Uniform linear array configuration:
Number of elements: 8
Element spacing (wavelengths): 0.25
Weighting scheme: uniform
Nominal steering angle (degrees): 45
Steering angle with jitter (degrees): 46.619
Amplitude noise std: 0.05
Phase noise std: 0.05

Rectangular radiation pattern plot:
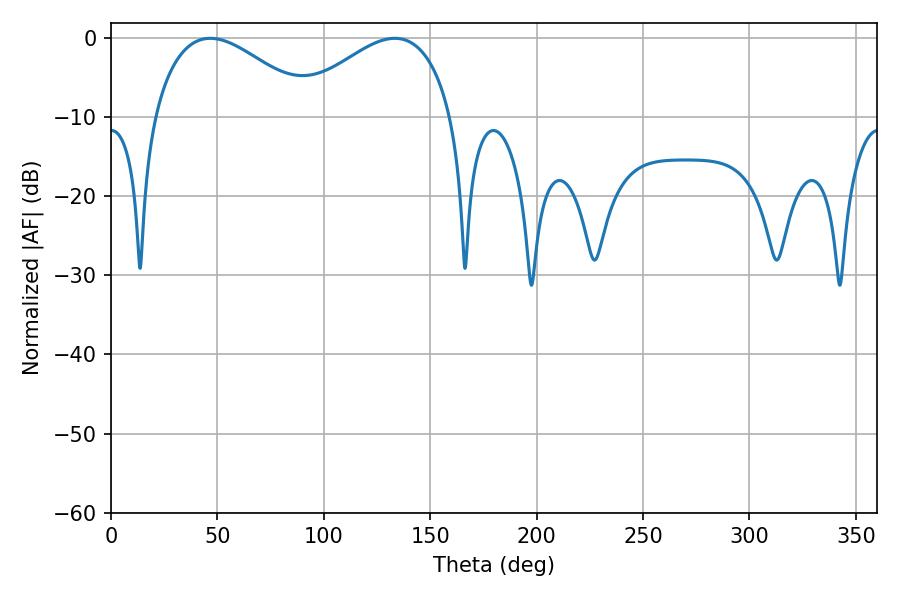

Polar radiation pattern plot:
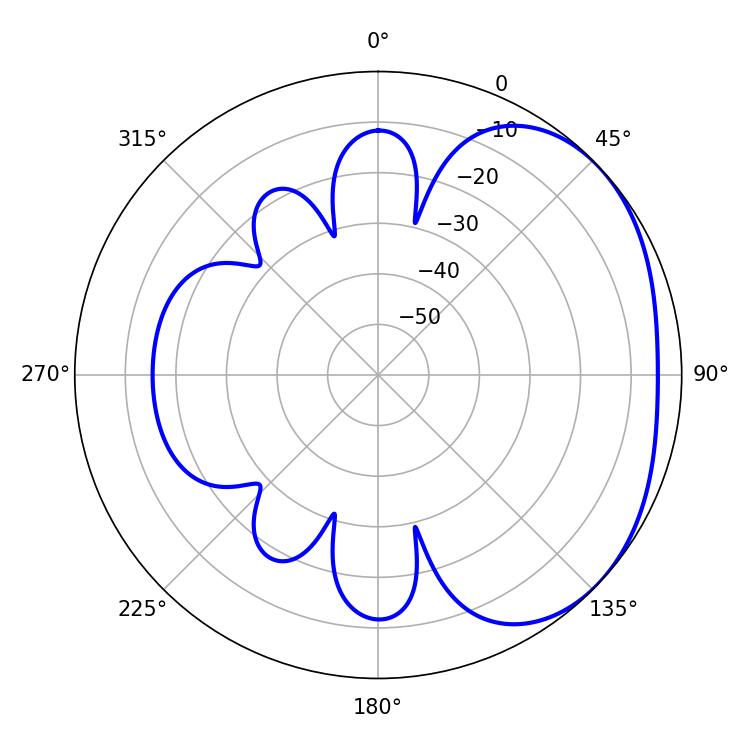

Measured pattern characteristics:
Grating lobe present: FALSE
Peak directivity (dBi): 2.493
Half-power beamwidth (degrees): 41.22
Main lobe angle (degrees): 46.62